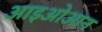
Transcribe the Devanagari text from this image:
आइओआन